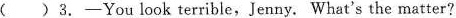
( )3.—You look terrible,Jenny. What's the matter?